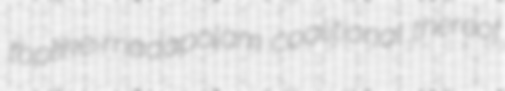
toplike madapolam coalitional thereof